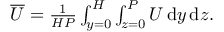
\begin{array} { r } { \overline { { U } } = \frac { 1 } { H P } \int _ { y = 0 } ^ { H } \int _ { z = 0 } ^ { P } U \, \mathrm { d } y \, \mathrm { d } z . } \end{array}